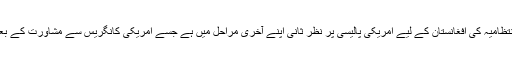
میڈیا رپورٹس میں دعویٰ کیا گیا تھا کہ ٹرمپ انتظامیہ کی افغانستان کے لیے امریکی پالیسی پر نظر ثانی اپنے آخری مراحل میں ہے جسے امریکی کانگریس سے مشاورت کے بعد رواں ماہ کے آخر تک جاری کر دیا جائے گا۔